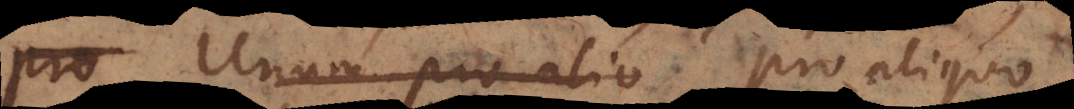
Pro Unum pro alio Pro aliquo